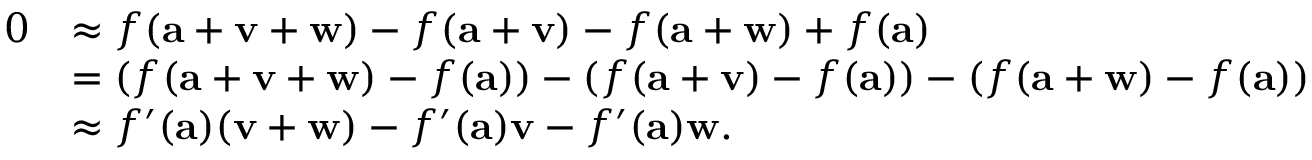
{ \begin{array} { r l } { 0 } & { \approx f ( \mathbf { a } + \mathbf { v } + \mathbf { w } ) - f ( \mathbf { a } + \mathbf { v } ) - f ( \mathbf { a } + \mathbf { w } ) + f ( \mathbf { a } ) } \\ & { = ( f ( \mathbf { a } + \mathbf { v } + \mathbf { w } ) - f ( \mathbf { a } ) ) - ( f ( \mathbf { a } + \mathbf { v } ) - f ( \mathbf { a } ) ) - ( f ( \mathbf { a } + \mathbf { w } ) - f ( \mathbf { a } ) ) } \\ & { \approx f ^ { \prime } ( \mathbf { a } ) ( \mathbf { v } + \mathbf { w } ) - f ^ { \prime } ( \mathbf { a } ) \mathbf { v } - f ^ { \prime } ( \mathbf { a } ) \mathbf { w } . } \end{array} }